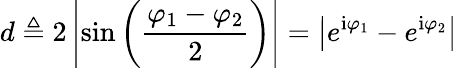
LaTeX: d\triangleq 2\left|\sin\left(\frac{\varphi_{1}-\varphi_{2}}{2}\right)\right|=\big|e^{\mathrm{i}\varphi_{1}}-e^{\mathrm{i}\varphi_{2}}\big|